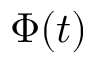
\Phi ( t )